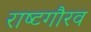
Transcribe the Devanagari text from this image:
राष्‍टगौरव